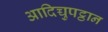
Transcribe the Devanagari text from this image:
आदिच्चुपट्ठान